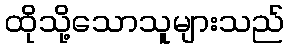
ထိုသို့သောသူများသည်